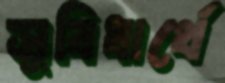
সুবিধার্থে